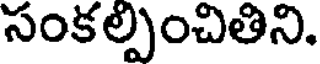
సంకల్పించితిని.